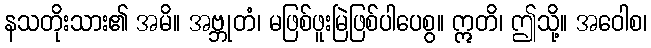
နသတိုးသား၏ အမိ။ အဗ္ဘုတံ၊ မဖြစ်ဖူးမြဲဖြစ်ပါပေစွ။ ဣတိ၊ ဤသို့။ အဝေါစ၊